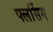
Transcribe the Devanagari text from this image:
फ्लसिंग